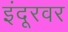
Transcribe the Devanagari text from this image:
इंदूरवर